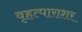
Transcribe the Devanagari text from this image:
वृहत्पाराशर